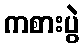
ကစားပွဲ